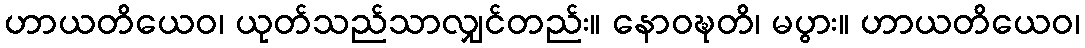
ဟာယတိယေဝ၊ ယုတ်သည်သာလျှင်တည်း။ နောဝဍ္ဎတိ၊ မပွား။ ဟာယတိယေဝ၊